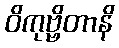
ဝိကုဗ္ဗိတာနိ